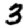
Digit: 3